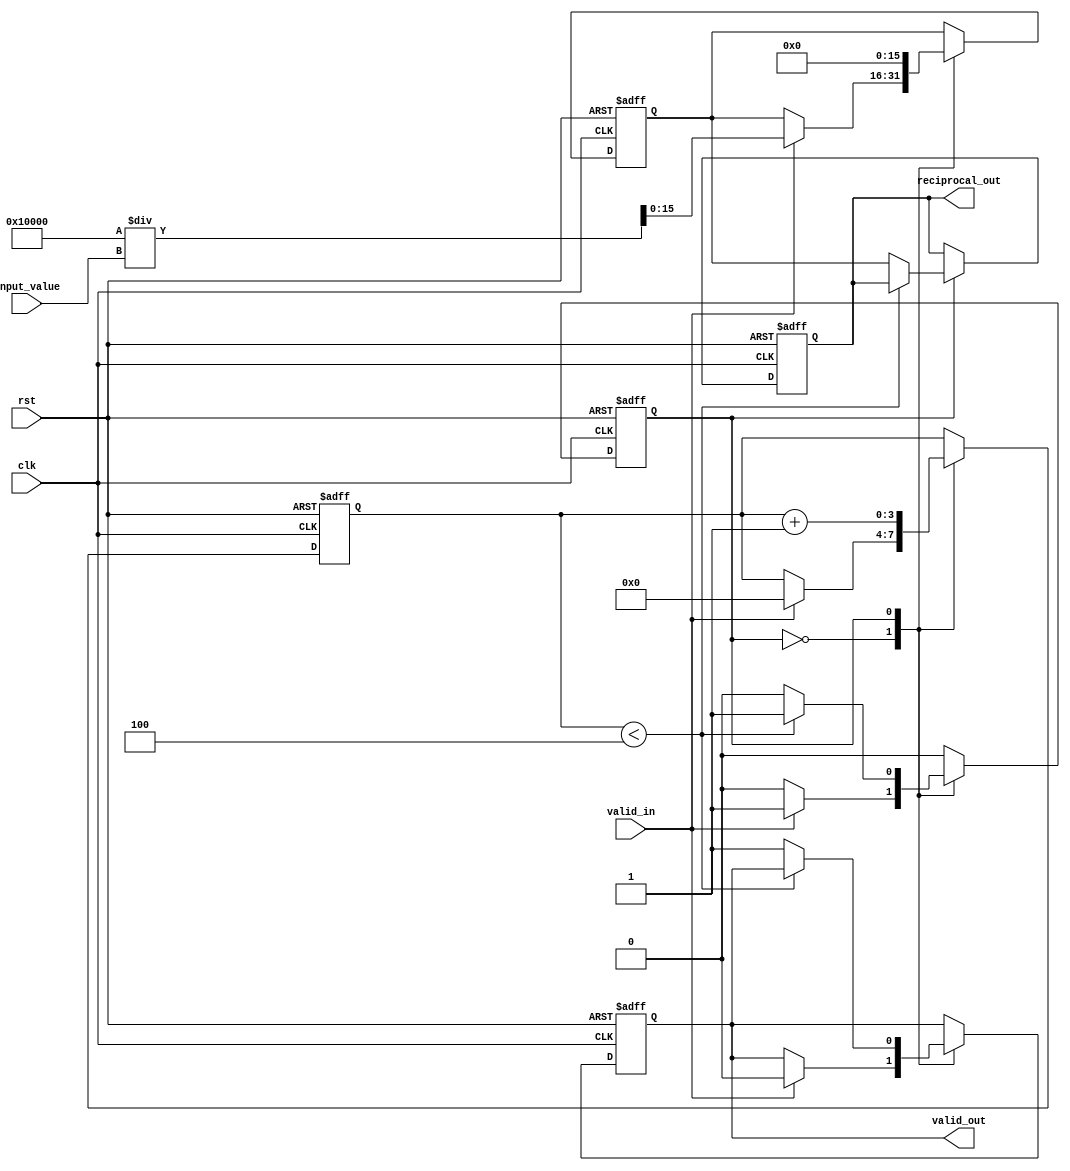
module iterative_reciprocal #(
    parameter DATA_WIDTH = 16,     // Width of input/output data
    parameter MAX_ITER = 4          // Maximum number of iterations
) (
    input wire clk,                 // Clock signal
    input wire rst,                 // Reset signal
    input wire valid_in,            // Input valid signal
    input wire [DATA_WIDTH-1:0] input_value, // Input value for which reciprocal is calculated
    output reg [DATA_WIDTH-1:0] reciprocal_out, // Output reciprocal
    output reg valid_out            // Output valid signal
);

    reg [DATA_WIDTH-1:0] estimate;       // Current estimate of the reciprocal
    reg [DATA_WIDTH-1:0] error;          // Error term
    reg [3:0] iteration_count;            // Iteration counter
    reg state;                            // State flag for processing

    // State definitions
    localparam IDLE = 1'b0, PROCESS = 1'b1;

    // Initial estimate logic (using a simple approximation)
    function [DATA_WIDTH-1:0] init_estimate;
        input [DATA_WIDTH-1:0] value;
        begin
            init_estimate = (1 << DATA_WIDTH) / value; // Rough initial estimate
        end
    endfunction

    // Main process
    always @(posedge clk or posedge rst) begin
        if (rst) begin
            reciprocal_out <= 0;
            valid_out <= 0;
            estimate <= 0;
            error <= 0;
            iteration_count <= 0;
            state <= IDLE;
        end else begin
            case (state)
                IDLE: begin
                    if (valid_in) begin
                        estimate <= init_estimate(input_value); // Calculate initial estimate
                        iteration_count <= 0;
                        valid_out <= 0;
                        state <= PROCESS;
                    end
                end
                PROCESS: begin
                    // Calculate error: error = 1 - (estimate * input_value)
                    error <= (1 << DATA_WIDTH) - (estimate * input_value) >> DATA_WIDTH;
                    // Update estimate: estimate = estimate + (estimate * error) / (1 << DATA_WIDTH)
                    estimate <= estimate + (estimate * error) >> DATA_WIDTH;

                    iteration_count <= iteration_count + 1;

                    // Check for convergence or max iterations
                    if (iteration_count < MAX_ITER) begin
                        // Continue iterating
                        state <= PROCESS;
                    end else begin
                        // Final output
                        reciprocal_out <= estimate;
                        valid_out <= 1;
                        state <= IDLE; // Go back to IDLE state
                    end
                end
            endcase
        end
    end
endmodule